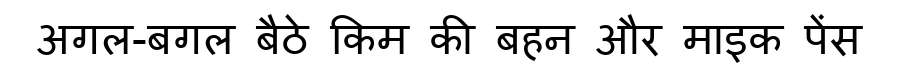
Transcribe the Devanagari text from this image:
अगल-बगल बैठे किम की बहन और माइक पेंस